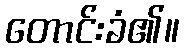
တောင်းခံ၏။